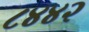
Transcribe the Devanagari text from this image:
८४४२